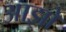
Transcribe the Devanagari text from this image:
आझो